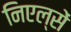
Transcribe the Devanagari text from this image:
निएल्सें